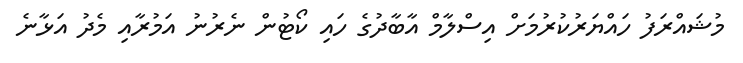
މުޝައްރަފު ހައްޔަރުކުރުމަށް އިސްލާމް އާބާދުގެ ހައި ކޯޓުން ނެރުނު އަމުރާއި މެދު އަޅާނެ